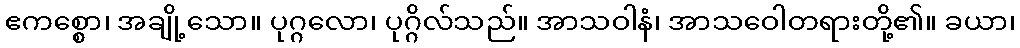
ဧကစ္စော၊ အချို့သော။ ပုဂ္ဂလော၊ ပုဂ္ဂိလ်သည်။ အာသဝါနံ၊ အာသဝေါတရားတို့၏။ ခယာ၊